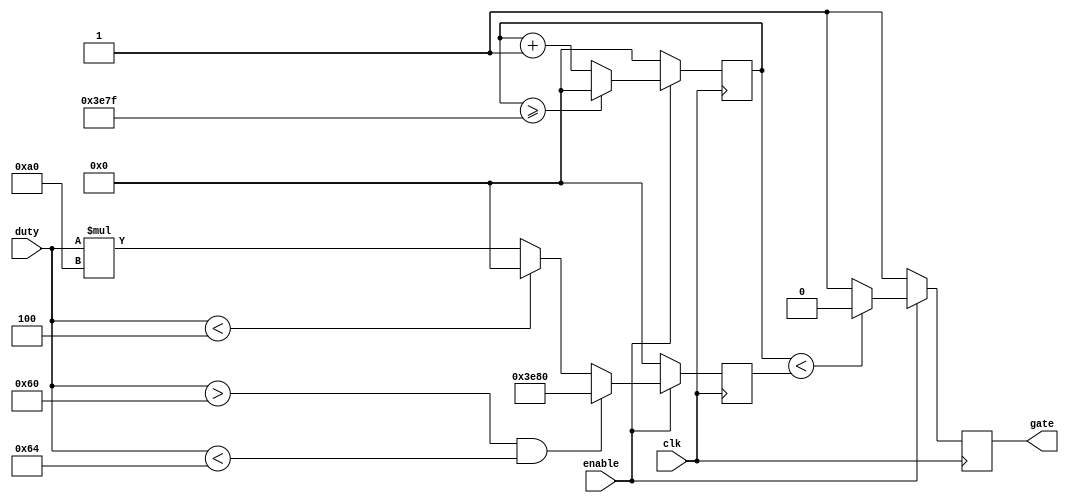
module pwm (input clk, input enable, input [15:0] duty, output reg gate);

reg [15:0] base_count = 0;
reg [15:0] duty_buff = 0;

initial begin
	gate = 1;
end

always @(posedge clk) begin

	if(enable) begin
	
		if(duty > 96 && duty < 100)
			duty_buff <= 16_000;
		else
			if(duty < 4)
				duty_buff <= 0;
			else
				duty_buff <= duty * 160;
		
		if(base_count < duty_buff)
			gate <= 0;
		else
			gate <= 1;
			
		if(base_count >= 15_999)
			base_count <= 0;
		else
			base_count <= base_count + 1;
	
	end
	else begin
		gate <= 1;
		base_count <= 0;
		duty_buff <= 0;
	end

end

endmodule